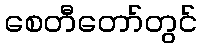
စေတီတော်တွင်